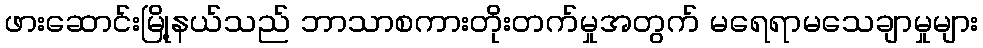
ဖားဆောင်းမြို့နယ်သည် ဘာသာစကားတိုးတက်မှုအတွက် မရေရာမသေချာမှုများ